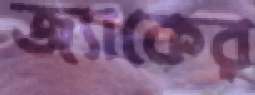
জ্যাকের